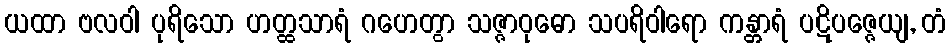
ယထာ ဗလဝါ ပုရိသော ဟတ္ထသာရံ ဂဟေတွာ သဇ္ဇာဝုဓော သပရိဝါရော ကန္တာရံ ပဋိပဇ္ဇေယျ, တံ